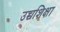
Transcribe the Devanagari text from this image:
उच्चशिक्षा